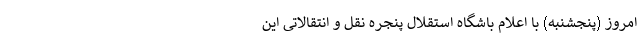
امروز (پنجشنبه) با اعلام باشگاه استقلال پنجره نقل و انتقالاتی این